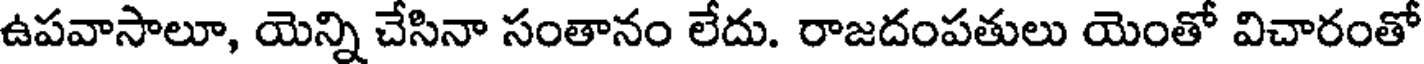
ఉపవాసాలూ, యెన్ని చేసినా సంతానం లేదు. రాజదంపతులు యెంతో విచారంతో